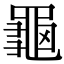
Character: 𪚴